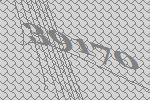
39170